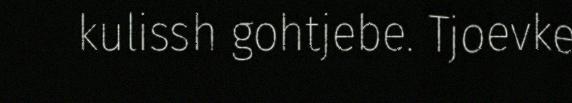
kulissh gohtjebe. Tjoevke